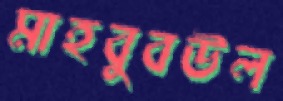
মাহবুবউল